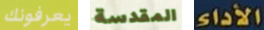
يعرفونك المقدسة الأداء